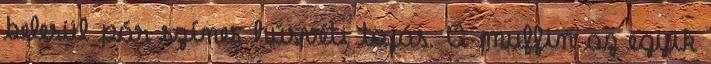
belesül pár színes húsvéti tojás. A muffin az egyik